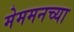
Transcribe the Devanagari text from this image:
मेममनच्या